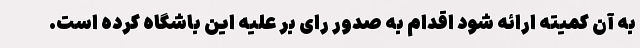
به آن کمیته ارائه شود اقدام به صدور رای بر علیه این باشگاه کرده است.